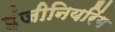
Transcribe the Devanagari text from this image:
इंजीनियरिंग